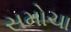
સમોચા